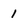
Character: 1